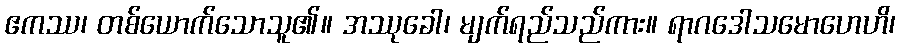
ဧကဿ၊ တစ်ယောက်သောသူ၏။ အဿုခေါ၊ မျက်ရည်သည်ကား။ ရာဂဒေါသမောဟေဟိ၊